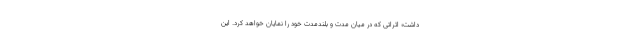
داشت؛ اثراتی که در میان مدت و بلندمدت خود را نمایان خواهد کرد. این